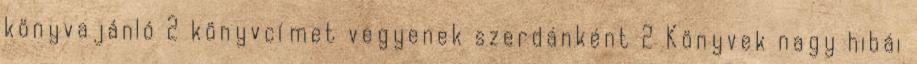
könyvajánló 2 könyvcímet vegyenek szerdánként 2 Könyvek nagy hibái